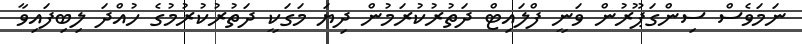
ނަމަވެސް ސިންގަޕޫރުން ވަނީ ފްލައިޓް ދަތުރުކުރަމުން ދިޔަ މަގަކީ ދަތުރުކުރުމުގެ ހުއްދަ ލިބިފައިވާ